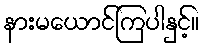
နားမယောင်ကြပါနှင့်။